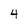
Character: 4